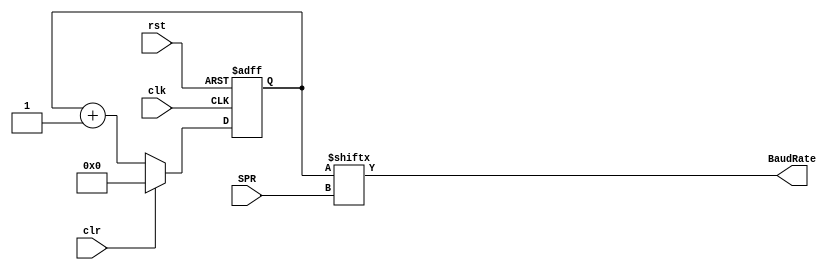
`default_nettype none

module BRG
#(  parameter PrescalarWidth = 3)
(
    input wire clk,
    input wire rst, // ~rst | SS
    input wire clr,
    input wire [PrescalarWidth-1:0] SPR,
    output wire BaudRate
);

    reg [2**PrescalarWidth-1:0] counter;
    wire [2**PrescalarWidth-1:0] counterNext;
    

    always @(posedge clk or negedge rst) begin
        if(~rst )
            counter <= 0;
        else if(clr)
             counter <= 0;
        else 
          counter <= counterNext;
  
    end

    assign counterNext = counter + 1;
    assign BaudRate = counter[SPR];

endmodule